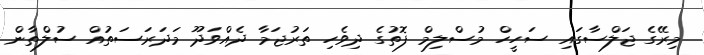
މިރޭގެ ޖަލްސާގައި ސަހީހް މުސްލިމް ފޮތުގެ ދިވެހި ތަރުޖަމާ ދެއްވަދޫ މަދަރަސަތުއް ސުލްތާން